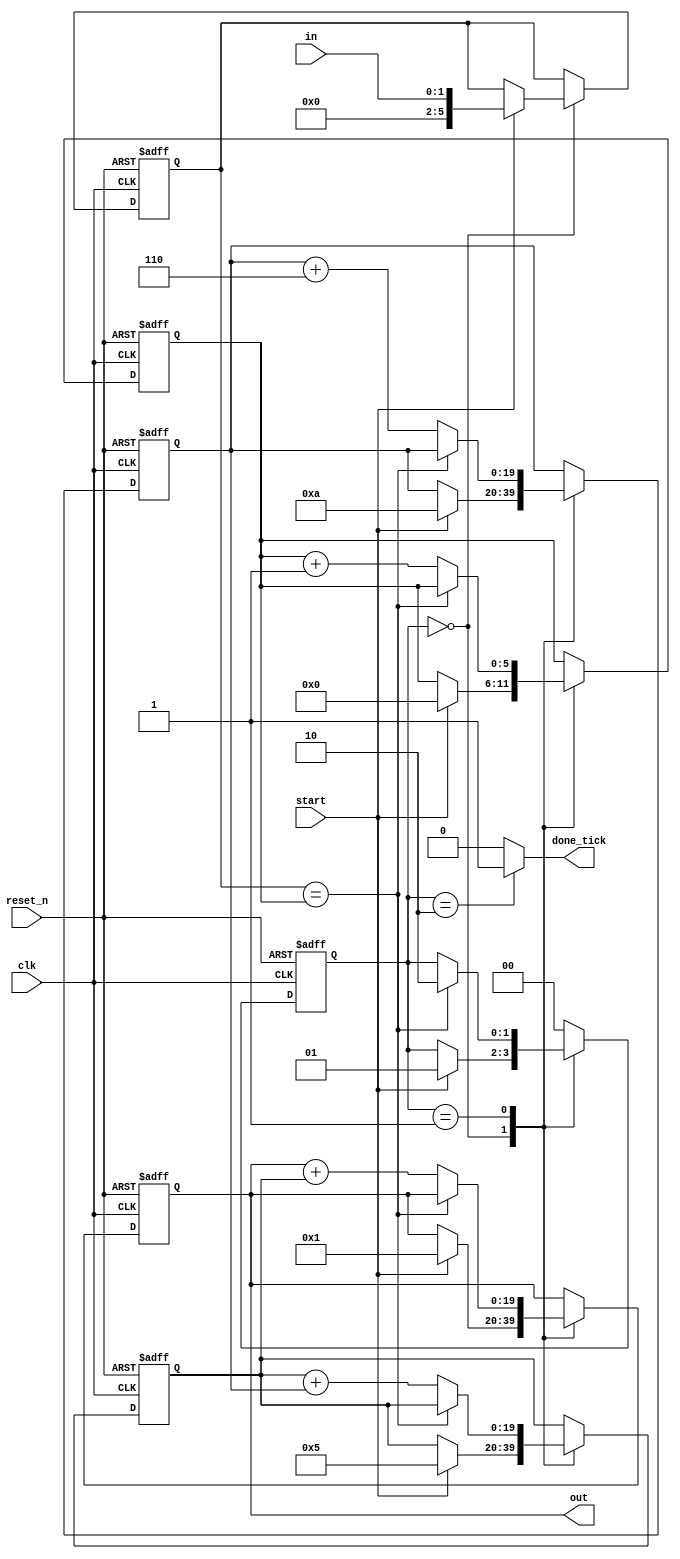
// Babbage difference engine emulation circuit
// for the h(2) = n^3 + 2n^2 + 2n + 1 polynomial

module polynom_solver
  (
    input wire        clk, reset_n,
    input wire        start,
    output reg        done_tick,
    input wire[1:0]   in,
    output wire[19:0] out
  );

  // symbolic state declaration
  localparam[1:0]
    idle = 2'b00,
    calc = 2'b01,
    done = 2'b10;

  // constant declarations
  localparam H0 = 1, F1 = 5, G2 = 10, G_INC = 6;

  // signal declaration
  reg[1:0]  state_reg, state_next;
  reg[5:0]  n_reg, n_next;
  reg[5:0]  i_reg, i_next;
  reg[19:0] h_reg, h_next;
  reg[19:0] f_reg, f_next;
  reg[19:0] g_reg, g_next;

  // body
  // FSM state and data registers
  always @(posedge clk, negedge reset_n)
    if (!reset_n)
      begin
        state_reg <= idle;
        n_reg     <= 0;
        i_reg     <= 0;
        h_reg     <= 0;
        f_reg     <= 0;
        g_reg     <= 0;
      end
    else
      begin
        state_reg <= state_next;
        n_reg     <= n_next;
        i_reg     <= i_next;
        h_reg     <= h_next;
        f_reg     <= f_next;
        g_reg     <= g_next;
      end

  // FSMD next-state logic
  always @*
  begin
    state_next = state_reg;
    n_next     = n_reg;
    i_next     = i_reg;
    h_next     = h_reg;
    f_next     = f_reg;
    g_next     = g_reg;
    done_tick  = 1'b0;

    case (state_reg)
      idle:
        if (start)
          begin
            state_next = calc;
            n_next     = in;
            i_next     = 0;
            h_next     = H0;
            f_next     = F1;
            g_next     = G2;
          end
      calc:
        if (n_reg == i_reg)
          state_next = done;
        else
          begin
            i_next = i_reg + 1;
            h_next = h_reg + f_reg;
            f_next = f_reg + g_reg;
            g_next = g_reg + G_INC;
          end
      done:
        begin
          state_next = idle;
          done_tick  = 1'b1;
        end
      default:
        state_next = idle;
    endcase
  end

// output
assign out = h_reg;

endmodule